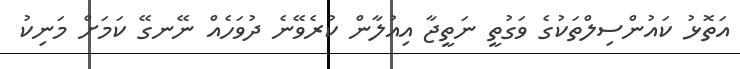
އަތޮޅު ކައުންސިލްތަކުގެ ވަގުތީ ނަތީޖާ އިއުލާން ކުރެވޭނެ ދުވަހެއް ނޭނގޭ ކަމަށް މަނިކު